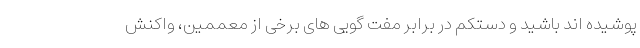
پوشیده اند باشید و دستکم در برابر مفت گویی های برخی از معممین، واکنش